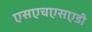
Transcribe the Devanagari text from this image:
एसएचएसएडी